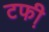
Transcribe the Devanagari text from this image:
टफी़